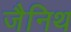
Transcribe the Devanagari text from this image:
जैनिथ